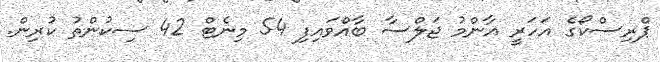
ޕްރިސްކޯގެ އަހަރީ އާންމު ޖަލްސާ ބާއްވައިފި 54 މިނެޓް 42 ސިކުންތު ކުރިން.